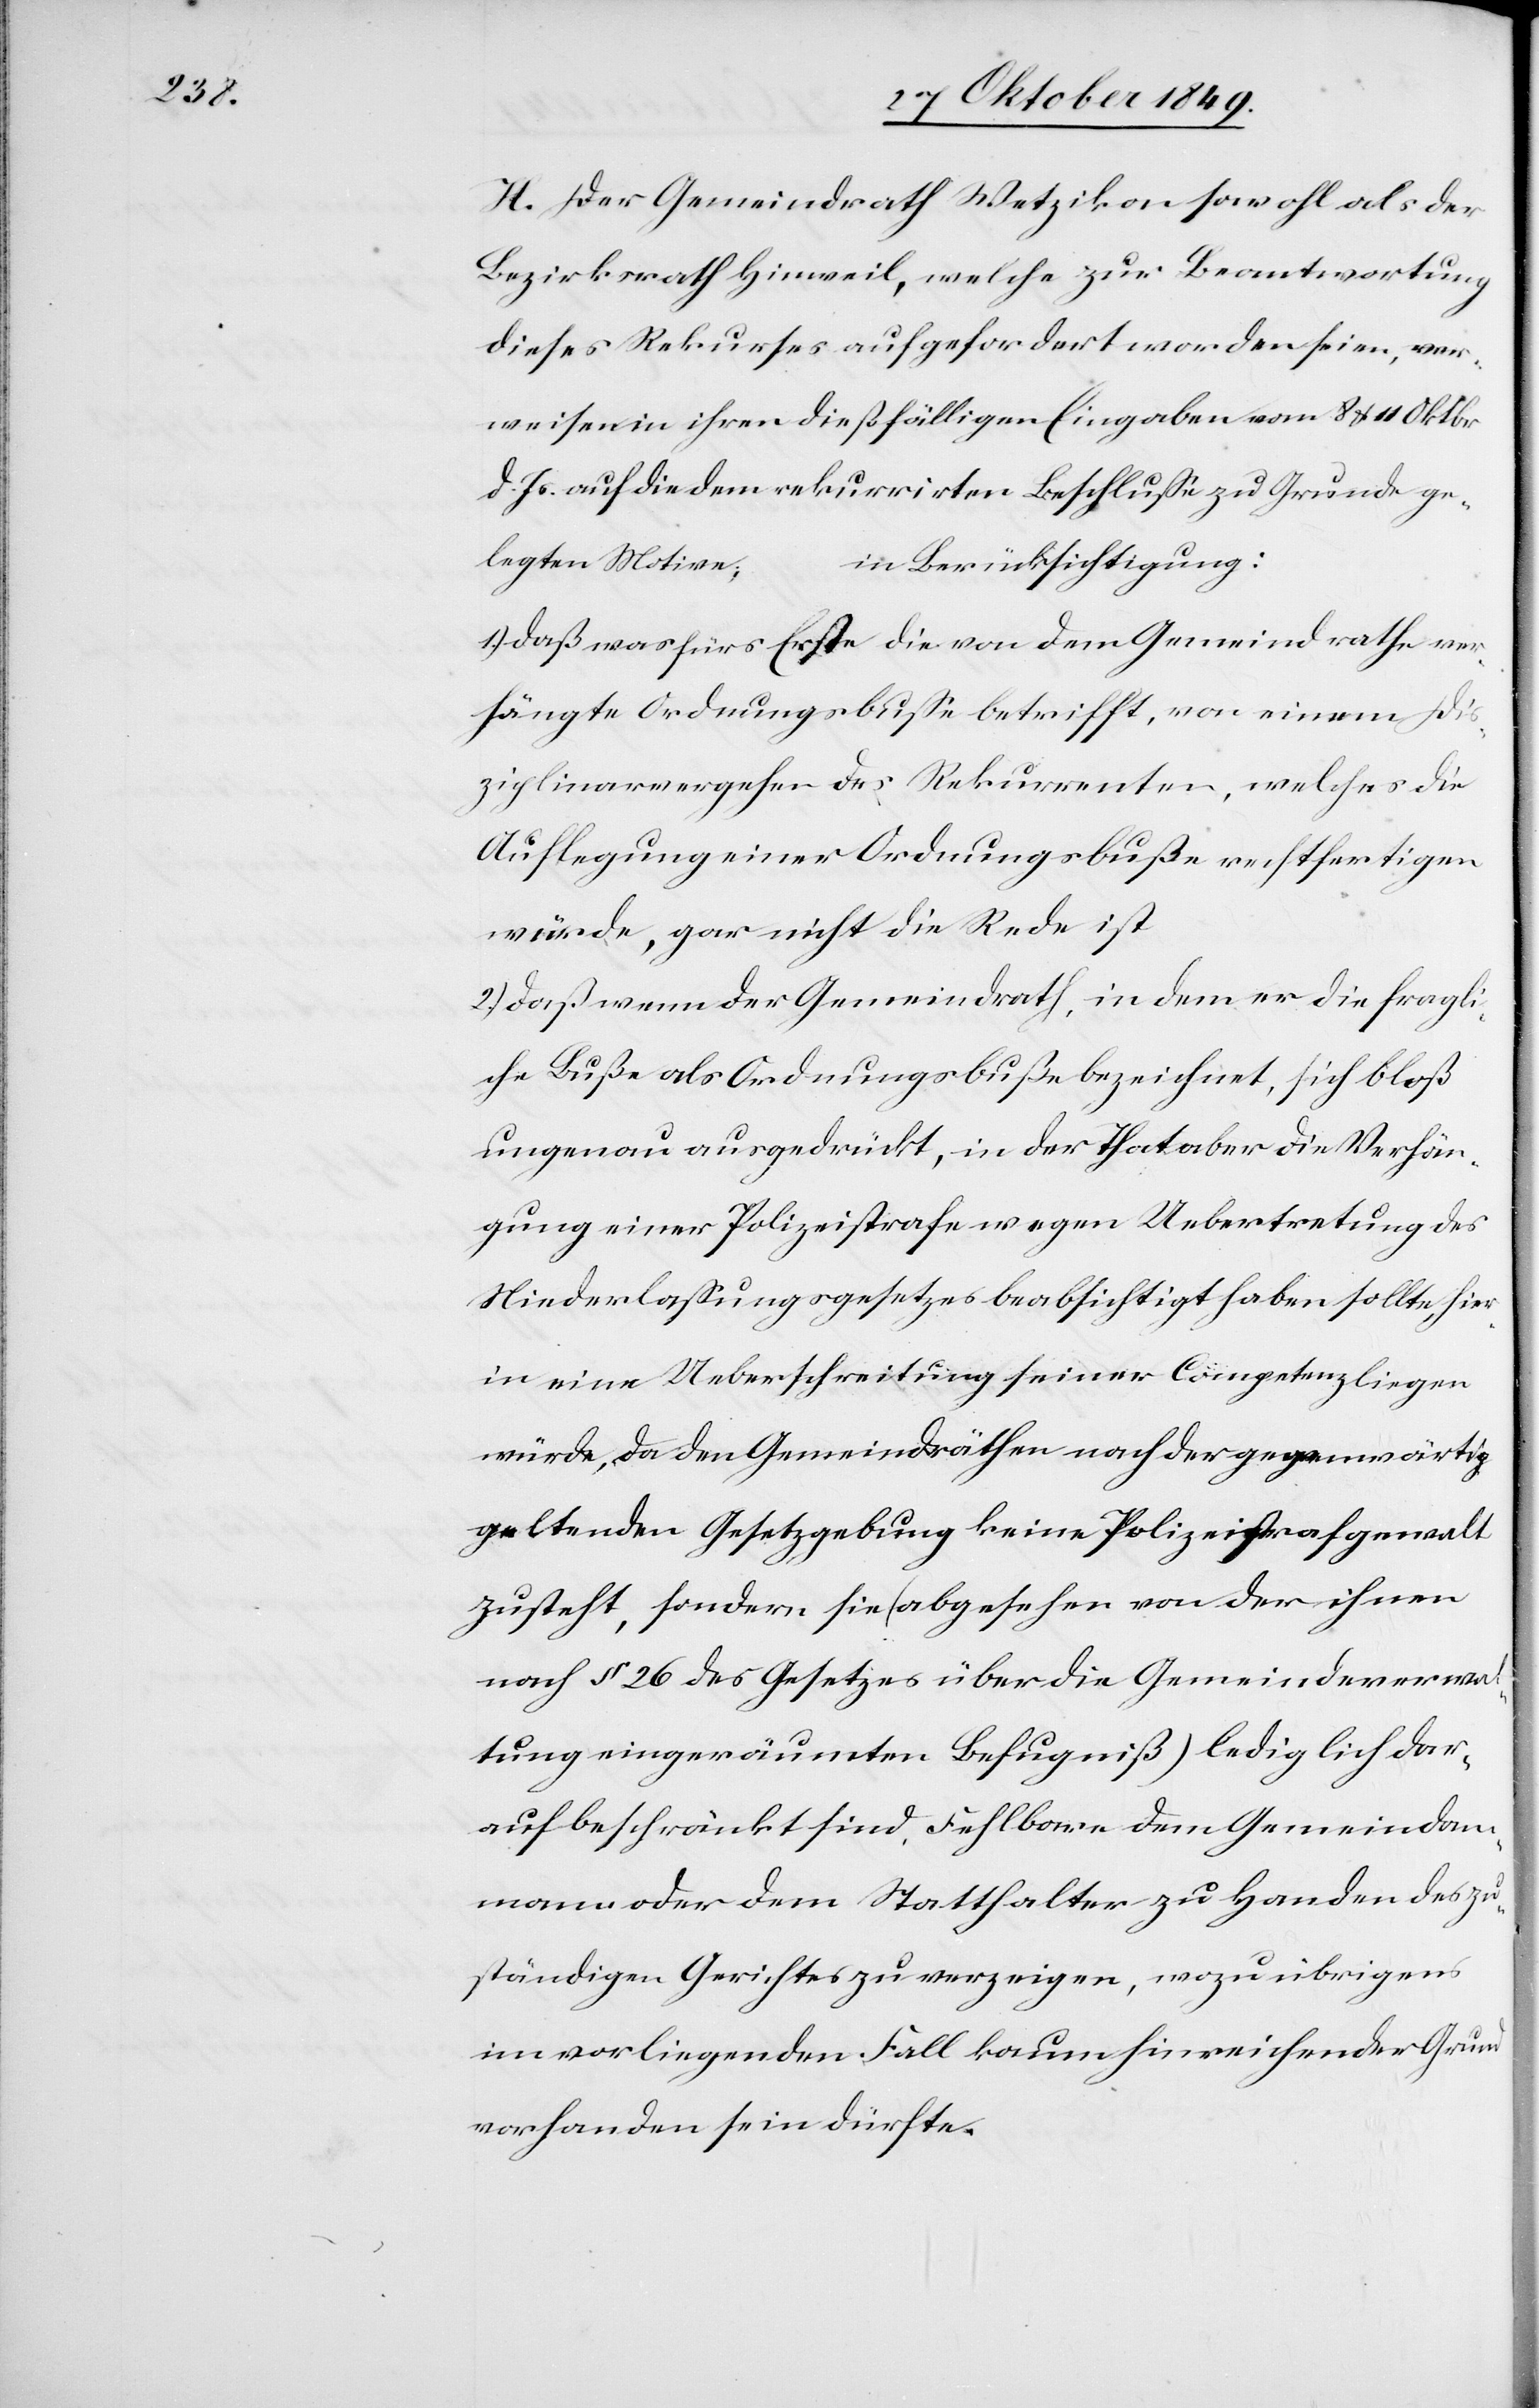
H. Der Gemeindrath Wetzikon sowohl als der
Bezirksrath Hinweil, welche zur Beantwortung
dieses Rekurses aufgefordert worden seien, ver¬
weisen ihren dießfälligen Eingaben vom 8 u. 11 Oktobr.
d. Js. auf die dem rekurrirten Beschluße zu Grunde ge¬
legten Motive;
in Berücksichtigung:
1.) daß was fürs Erste die von dem Gemeindrathe ver¬
hängte Ordnungsbuße betrifft, von einem Dis¬
ziplinarvergehen des Rekurrenten, welches die
Auflegung einer Ordnungsbuße rechtfertigen
würde, gar nicht die Rede ist.
2.) daß wenn der Gemeindrath, in dem er die fragli¬
che Buße als Ordnungsbuße bezeichnet, sich bloß
ungenau ausgedrückt, in der That aber die Verhän¬
gung einer Polizeistrafe wegen Uebertretung des
Niederlaßungsgesetzes beabsichtigt haben sollte, hier¬
in eine Ueberschreitung seiner Competenz liegen
würde, da den Gemeindräthen nach der gegenwärtig
geltenden Gesetzgebung keine Poilzeistrafgewalt
zusteht, sondern sie (abgesehen von den ihnen
nach § 26 des Gesetzes über die Gemeindeverwal¬
tung eingeräumten Befugniß) lediglich dar¬
auf beschränkt sind, Fehlbare dem Gemeindam¬
mann oder dem Statthalter zu Handen des zu¬
ständigen Gerichtes zu verzeigen, wozu übrigens
im vorliegenden Fall kaum hinreichender Grund
vorhanden sein dürfte.